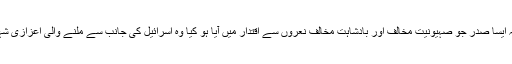
لیکن سوال یہ ہے کہ ایسا صدر جو صہیونیت مخالف اور بادشاہت مخالف نعروں سے اقتدار میں آیا ہو کیا وہ اسرائیل کی جانب سے ملنے والی اعزازی شہریت قبول کرلےگا؟